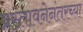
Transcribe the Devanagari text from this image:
प्रस्तावनेनंतरच्या